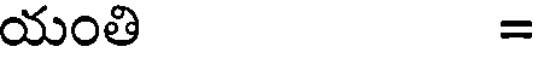
యంతి =